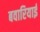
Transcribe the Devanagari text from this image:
बवारियाई